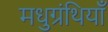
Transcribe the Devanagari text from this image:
मधुग्रंथियाँ